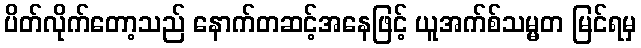
ပိတ်လိုက်တော့သည် နောက်တဆင့်အနေဖြင့် ယူအက်စ်သမ္မတ မြင်ရမှ